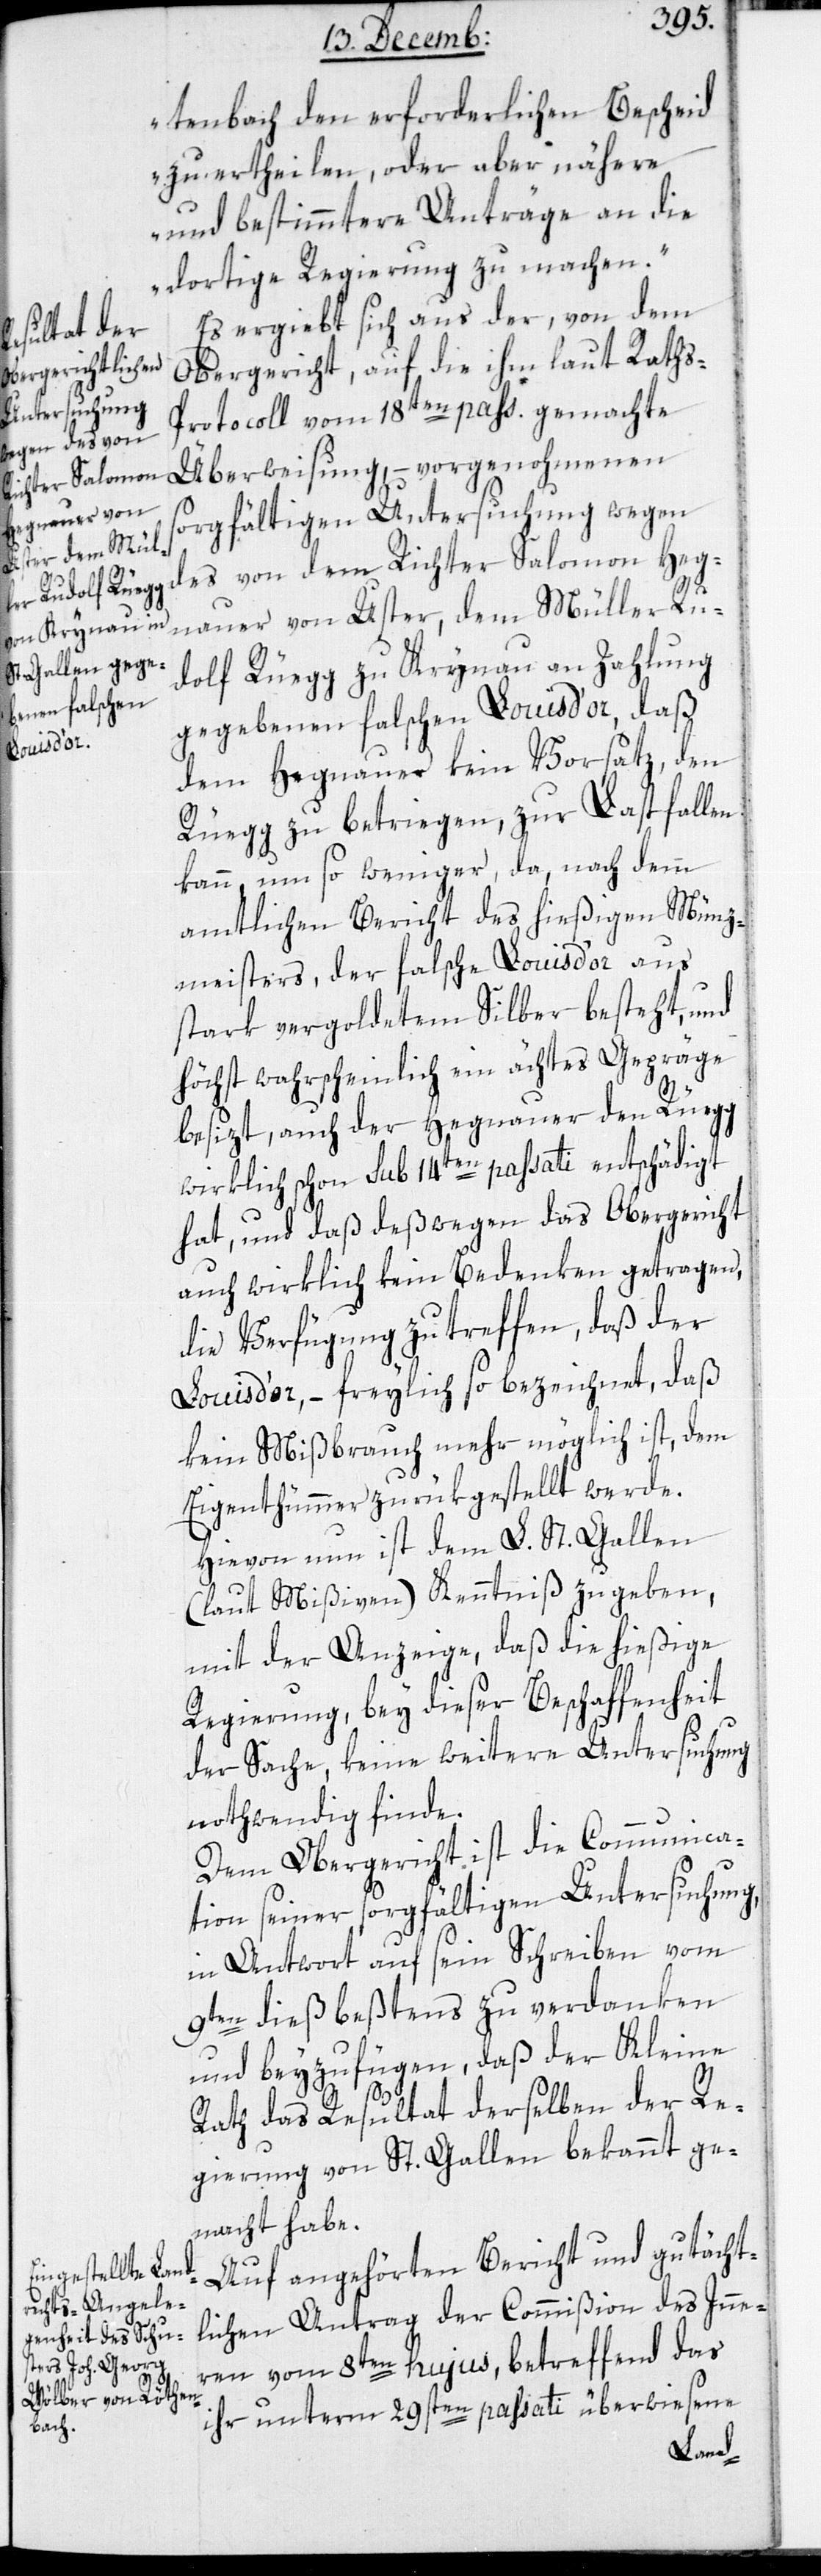
tenbach den erforderlichen Bescheid
zu ertheilen, oder aber nähere
und bestimmtere Anträge an die
dortige Regierung zu machen.“
Es ergiebt sich aus der, von dem
Obergericht, auf die ihm laut Raths-P¬
rotocoll vom 18ten passati gemachte
Überweisung, – vorgenohmenen
sorgfältigen Untersuchung wegen
des von dem Richter Salomon Heg¬
nauer von Uster, dem Müller Ru¬
dolf Rüegg zu Krynau an Zahlung
gegebenen falschen Louis d’or, daß
dem Hegnauer kein Vorsatz, den
Rüegg zu betriegen, zur Last fallen
kann, um so weniger, da nach dem
amtlichen Bericht des hießigen Münz¬
meisters, der falsche Louis d’or aus
stark vergoldetem Silber besteht, und
höchst wahrscheinlich ein ächtes Gepräge
besizt, auch der Hegnauer den Rüegg
wirklich schon sub 14ten passati entschädigt
hat, und daß deßwegen das Obergericht
auch wirklich kein Bedenken getragen,
die Verfügung zu treffen, daß der
Louis d’or, – freylich so bezeichnet, daß
kein Mißbrauch mehr möglich ist, dem
Eigenthümer zurükgestellt werde.
Hievon nun ist dem L. [Stand]
(laut Mißiven) Kenntniß zu geben,
mit der Anzeige, daß die hießige
Regierung, bey dieser Beschaffenheit
der Sache, keine weitere Untersuchung
nothwendig finde.
Dem Obergericht ist die Communica¬
tion seiner sorgfältigen Untersuchung,
in Antwort auf sein Schreiben vom
9ten dieß beßtens zu verdanken
und beyzufügen, daß der Kleine
Rath das Resultat derselben der Re¬
gierung von St. Gallen bekannt ge¬
macht habe.
Auf angehörten Bericht und gutächt¬
lichen Antrag der Commißion des Inne¬
ren vom 8ten hujus, betreffend das
ihr unterm 29sten passati überwiesene